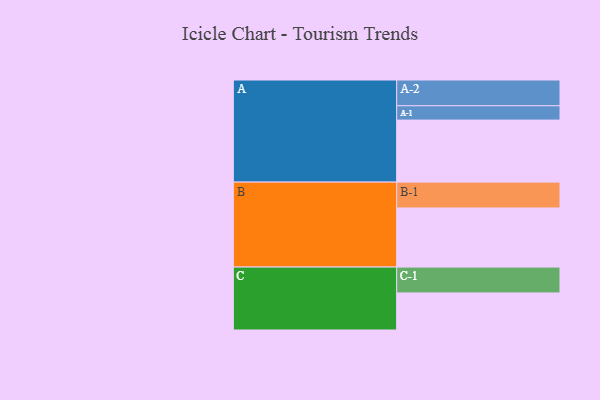
{"axis": {"x": "Segment", "y": "Value"}, "legend": ["", "A", "B", "C"], "data": [{"x": "A", "y": 549, "type": ""}, {"x": "B", "y": 523, "type": ""}, {"x": "C", "y": 328, "type": ""}, {"x": "A-1", "y": 127, "type": "A"}, {"x": "A-2", "y": 228, "type": "A"}, {"x": "B-1", "y": 229, "type": "B"}, {"x": "C-1", "y": 229, "type": "C"}]}